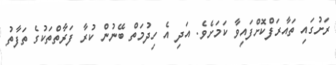
ރަށުގައި ތައާރަފްކޮށްފައިވާ ކަމަށެވެ. އަދި އެ ހިދުމަތް ބޭނުން ކުރާ ފަރާތްތަކުގެ ތަފާތު